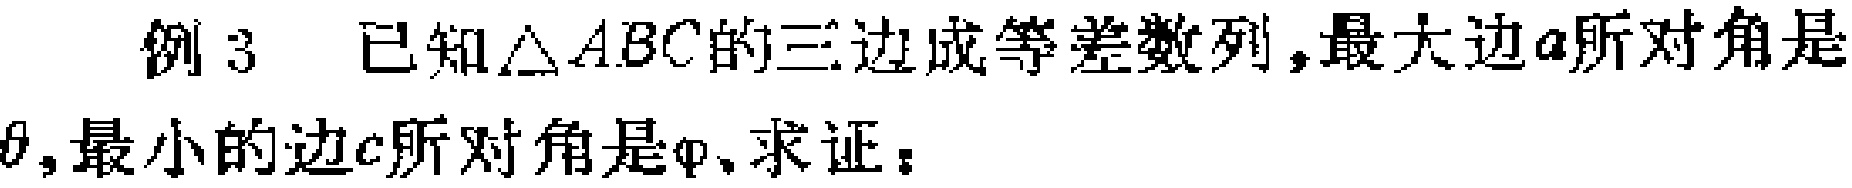
例3 已知$\triangle ABC$的三边成等差数列,最大边$a$所对角是$\theta$,最小的边$c$所对角是$\varphi$,求证：